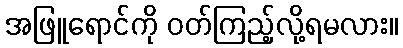
အဖြူရောင်ကို ဝတ်ကြည့်လို့ရမလား။